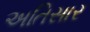
અતિસાર